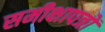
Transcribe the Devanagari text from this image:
समीक्षापत्रों